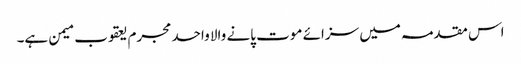
اس مقدمہ میں سزائے موت پانے والا واحد مجرم یعقوب میمن ہے۔